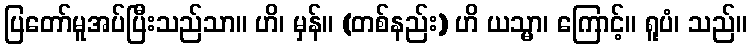
ပြတော်မူအပ်ပြီးသည်သာ။ ဟိ၊ မှန်။ (တစ်နည်း) ဟိ ယသ္မာ၊ ကြောင့်။ ရူပံ၊ သည်။